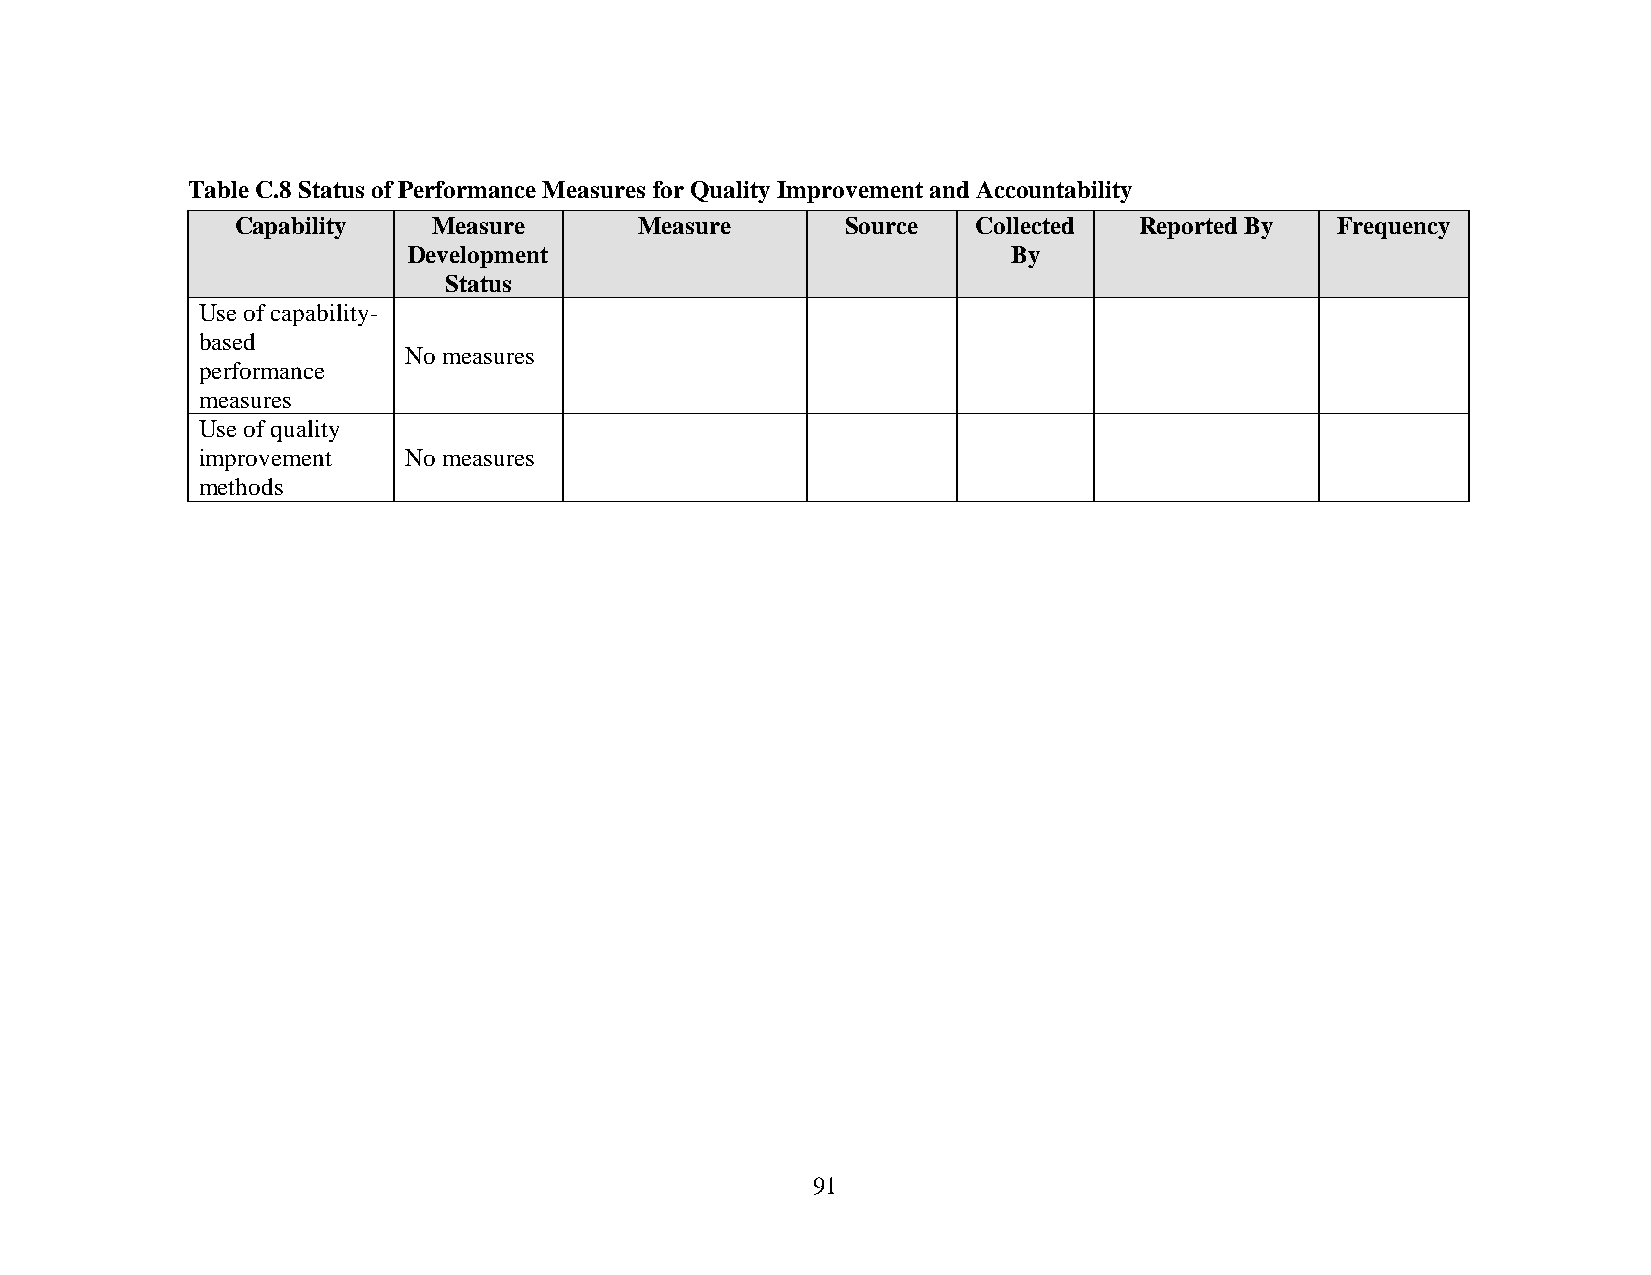
Table C.8 Status of Performance Measures for Quality Improvement and Accountability
 Capability   Measure      Measure       Source   Collected Reported By  Frequency
 Development                             By
 Status
 Use of capability-
 based
 No measures
 performance
 measures
 Use of quality
 improvement   No measures
 methods
 91